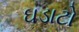
ઘડાટો